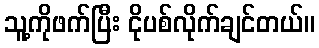
သူ့ကိုဖက်ပြီး ငိုပစ်လိုက်ချင်တယ်။